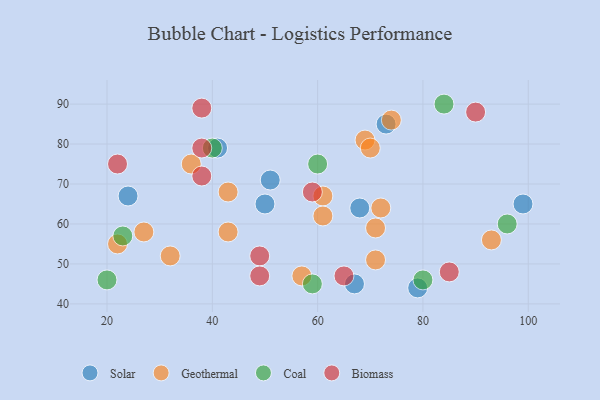
{"axis": {"x": "GDP", "y": "Life Expectancy"}, "legend": ["Biomass", "Coal", "Geothermal", "Solar"], "data": [{"x": "79", "y": 44, "type": "Solar"}, {"x": "73", "y": 85, "type": "Solar"}, {"x": "51", "y": 71, "type": "Solar"}, {"x": "41", "y": 79, "type": "Solar"}, {"x": "99", "y": 65, "type": "Solar"}, {"x": "68", "y": 64, "type": "Solar"}, {"x": "24", "y": 67, "type": "Solar"}, {"x": "50", "y": 65, "type": "Solar"}, {"x": "67", "y": 45, "type": "Solar"}, {"x": "32", "y": 52, "type": "Geothermal"}, {"x": "69", "y": 81, "type": "Geothermal"}, {"x": "43", "y": 68, "type": "Geothermal"}, {"x": "57", "y": 47, "type": "Geothermal"}, {"x": "93", "y": 56, "type": "Geothermal"}, {"x": "61", "y": 67, "type": "Geothermal"}, {"x": "22", "y": 55, "type": "Geothermal"}, {"x": "61", "y": 62, "type": "Geothermal"}, {"x": "71", "y": 51, "type": "Geothermal"}, {"x": "36", "y": 75, "type": "Geothermal"}, {"x": "74", "y": 86, "type": "Geothermal"}, {"x": "43", "y": 58, "type": "Geothermal"}, {"x": "70", "y": 79, "type": "Geothermal"}, {"x": "72", "y": 64, "type": "Geothermal"}, {"x": "71", "y": 59, "type": "Geothermal"}, {"x": "27", "y": 58, "type": "Geothermal"}, {"x": "23", "y": 57, "type": "Coal"}, {"x": "80", "y": 46, "type": "Coal"}, {"x": "96", "y": 60, "type": "Coal"}, {"x": "60", "y": 75, "type": "Coal"}, {"x": "20", "y": 46, "type": "Coal"}, {"x": "40", "y": 79, "type": "Coal"}, {"x": "84", "y": 90, "type": "Coal"}, {"x": "59", "y": 45, "type": "Coal"}, {"x": "22", "y": 75, "type": "Biomass"}, {"x": "38", "y": 89, "type": "Biomass"}, {"x": "85", "y": 48, "type": "Biomass"}, {"x": "49", "y": 52, "type": "Biomass"}, {"x": "65", "y": 47, "type": "Biomass"}, {"x": "49", "y": 47, "type": "Biomass"}, {"x": "90", "y": 88, "type": "Biomass"}, {"x": "38", "y": 79, "type": "Biomass"}, {"x": "59", "y": 68, "type": "Biomass"}, {"x": "38", "y": 72, "type": "Biomass"}]}